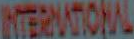
INTERNATIONAL